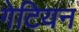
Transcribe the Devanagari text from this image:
गेटियन